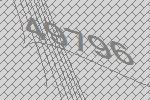
49796